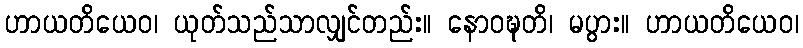
ဟာယတိယေဝ၊ ယုတ်သည်သာလျှင်တည်း။ နောဝဍ္ဎတိ၊ မပွား။ ဟာယတိယေဝ၊